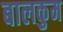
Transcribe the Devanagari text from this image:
बालकुम